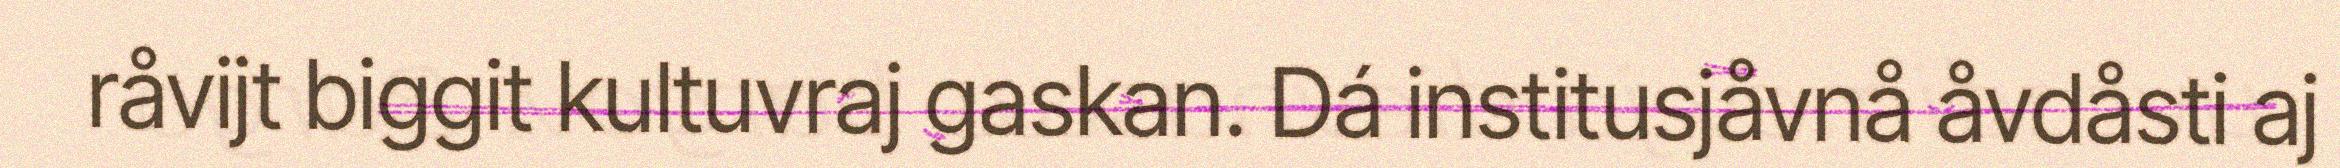
råvijt biggit kultuvraj gaskan. Dá institusjåvnå åvdåsti aj